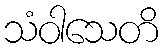
သံဝါသေတိ